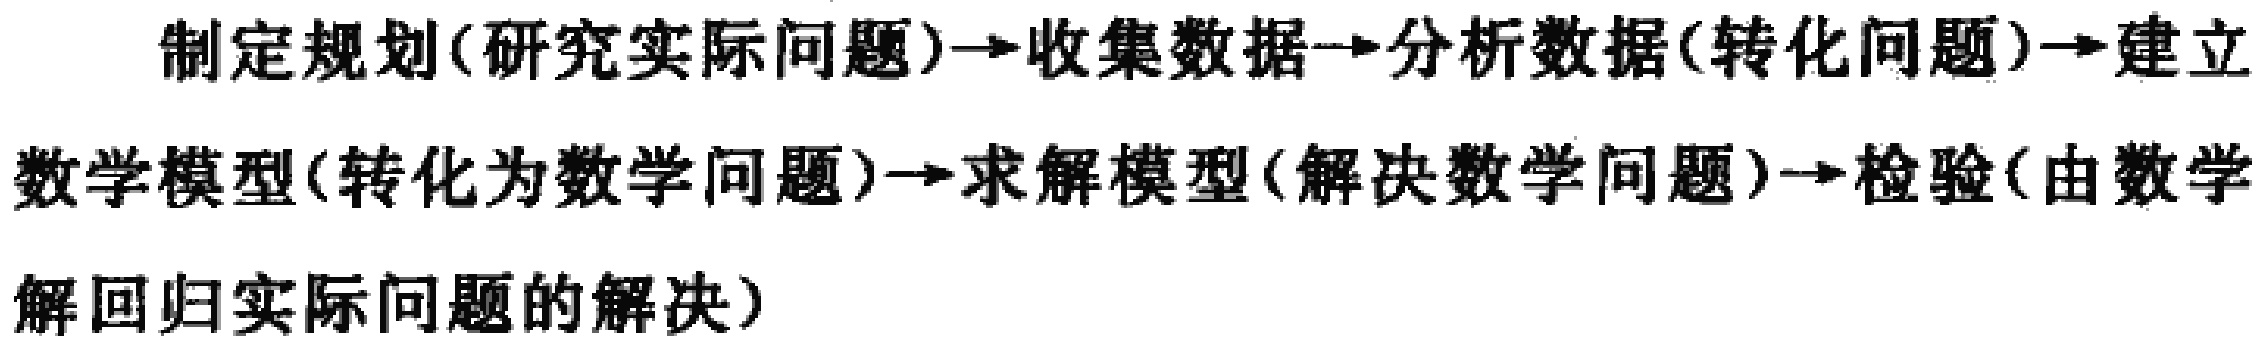
制定规划(研究实际问题)$\to$收集数据$\to$分析数据(转化问题)$\to$建立数学模型(转化为数学问题)$\to$求解模型(解决数学问题)$\to$检验(由数学解回归实际问题的解决)